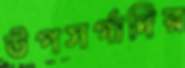
উপসর্গাদির